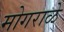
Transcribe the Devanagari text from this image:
मोगराळे